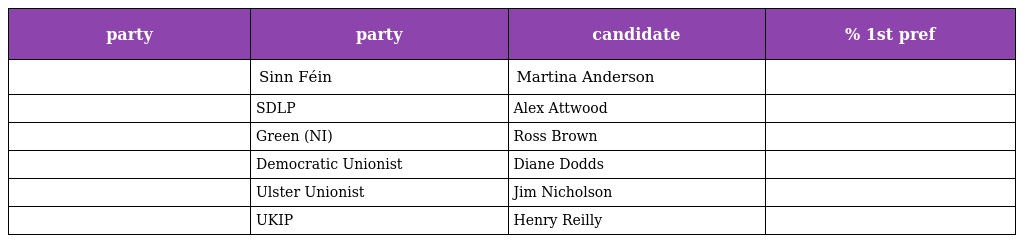
| party | party | candidate | % 1st pref |
 | --- | --- | --- | --- |
 |  | Sinn Féin | Martina Anderson |  |
 |  | SDLP | Alex Attwood |  |
 |  | Green (NI) | Ross Brown |  |
 |  | Democratic Unionist | Diane Dodds |  |
 |  | Ulster Unionist | Jim Nicholson |  |
 |  | UKIP | Henry Reilly |  |